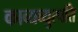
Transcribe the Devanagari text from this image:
काव्यव्युत्पत्ति